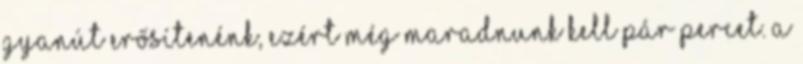
gyanút erősítenénk, ezért még maradnunk kell pár percet. A